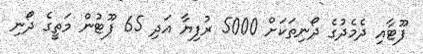
ފޫޓާއި ދެމެދުގެ ދޯނިތަކަށް 5000 ރުފިޔާ އަދި 65 ފޫޓުން މަތީގެ ދޯނި